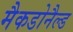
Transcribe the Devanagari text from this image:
मैकडोनैल्ड